Vaccine operations Central Provinces 1886-1899 - 1886-1899
Year: 1886
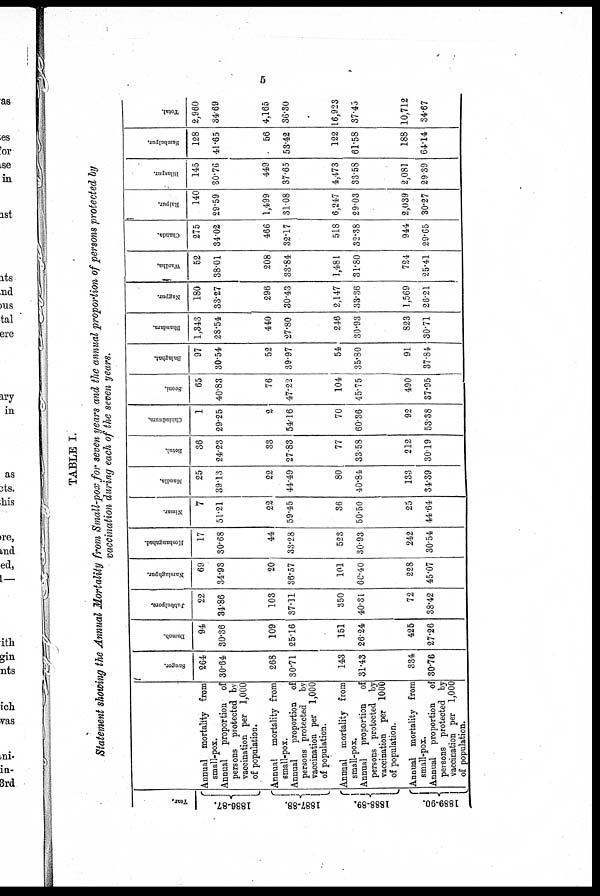
5
TABLE I.
Statement showing the Annual Mortality from Small-pox for seven years and the annual proportion of persons protected by
vaccination during each of the seven years.
Year.
1886-87.
1887-88.
1888-89.
1889-90.
Annual mortality from
small-pox.
Annual proportion of
persons protected by
vaccination per 1,000
of population.
Annual mortality from
small-pox.
Annual
proportion of
persons protected by
vaccination per 1,000
of population.
Annual mortality from
small-pox.
Annual proportion of
persons protected by
vaccination per 1000
of population.
Annual mortality from
small-pox.
Annual proportion of
persons protected by
vaccination per 1,000
of population.
Saugor.
264
30.64
268
30.71
143
31.43
334
30.76
Damoh.
94
30.36
109
25.16
151
26.24
425
27.26
Jubbulpore.
22
34.86
103
37.11
350
40.31
72
38.42
Narsinghpur.
69
34.93
20
36.57
101
60.40
228
45.07
Hoshangabad.
17
30.68
44
33.28
523
30.93
242
30.54
Nimar.
7
51.21
22
59.45
36
50.50
25
44.64
Maudla.
25
39.13
22
44.49
80
40.84
133
34.39
Betul.
36
24.23
33
27.83
77
33.58
212
30.19
Chhindwara.
1
29.25
2
54.16
70
60.36
92
53.38
Seoni.
65
40.83
76
47.22
104
45.75
490
37.95
Balaghat.
97
30.54
52
39.97
54
35.80
91
37.84
Bhandara.
1,343
28.54
440
27.80
246
30.93
823
30.71
Nagpur.
180
33.27
296
30.43
2,147
33.36
1,569
26.21
Wardha.
52
38.01
208
33.84
1,481
31.80
724
25.41
Chanda.
275
34.02
466
32.17
518
32.38
944
29.65
Raipur.
140
29.59
1,499
31.08
6,247
29.03
2,039
30.27
Bilaspur.
145
30.76
449
37.65
4,473
33.58
2,081
29.39
Sambalpur.
128
41.65
56
53.42
122
61.58
188
64.14
Total.
2,960
34.69
4,165
36.30
16,923
37.45
10,712
34.67